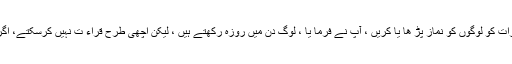
سید نا ابی بن کعب ؓ سے روایت ہے کہ سید نا عمر بن خطاب ؓ نے انہیں حکم دیا کہ وہ رمضان میں رات کو لوگوں کو نماز پڑ ھا یا کریں ، آپ نے فرما یا ، لوگ دن میں روزہ رکھتے ہیں ، لیکن اچھی طرح قراء ت نہیں کرسکتے، اگر تم رات کو ان پر قرآن پڑ ھا کرو تو اچھا ہو، سید نا ابی بن کعب نے عرض کی ، اے امیر المؤمین !